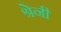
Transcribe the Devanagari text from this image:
श्रेनी